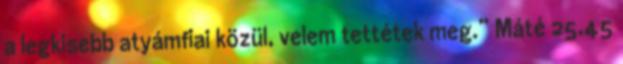
a legkisebb atyámfiai közül, velem tettétek meg.” Máté 25,45